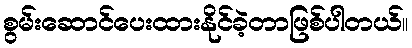
စွမ်းဆောင်ပေးထားနိုင်ခဲ့တာဖြစ်ပါတယ်။